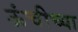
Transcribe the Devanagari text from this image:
ऊंचीच्या